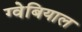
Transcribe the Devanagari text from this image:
ग्वेबियाल